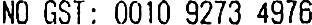
NO GST: 0010 9273 4976